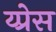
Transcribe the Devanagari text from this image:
य्प्रेस